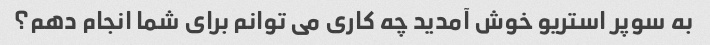
به سوپر استریو خوش آمدید چه کاری می توانم برای شما انجام دهم؟